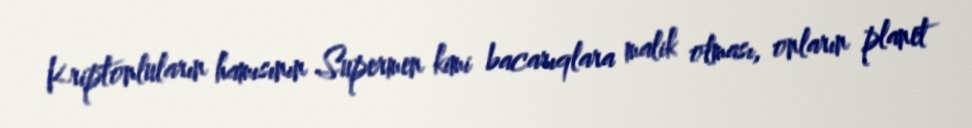
Kriptonluların hamısının Supermen kimi bacarıqlara malik olması, onların planet